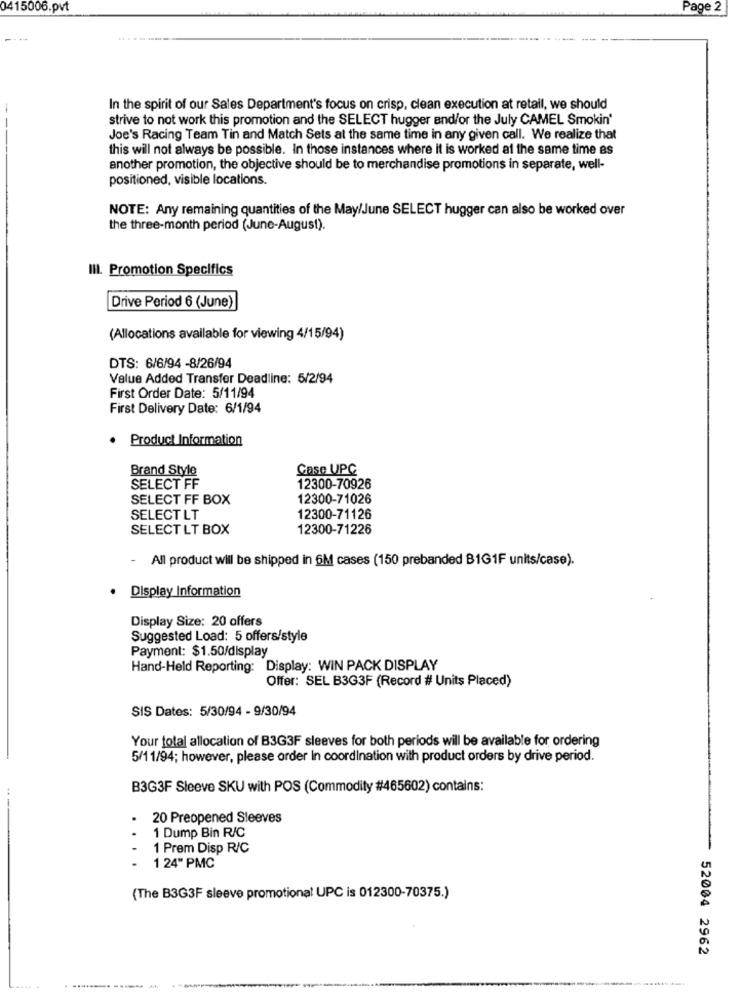
0415006.pvt
Page 2
..-------
In the spirit of our Sales Department's focus on crisp, clean execution at retail, we should
strive to not work this promotion and the SELECT hugger and/or the July CAMEL Smokin'
Joe's Racing Team Tin and Match Sets at the same time in any given call. We realize that
this will not always be possible. In those instances where it is worked at the same time as
another promotion, the objective should be to merchandise promotions in separate, well-
positioned, visible locations.
NOTE: Any remaining quantities of the May/June SELECT hugger can also be worked over
the three-month period (June-August).
III. Promotion Specifics
Drive Period 6 (June)
(Allocations available for viewing 4/15/94)
DTS: 6/6/94 -8/26/94
Value Added Transfer Deadline: 5/2/94
First Order Date: 5/11/94
First Delivery Date: 6/1/94
Product Information
Brand Style
Case UPC
SELECT FF
12300-70926
SELECT FF BOX
12300-71026
SELECT LT
12300-71126
SELECT LT BOX
12300-71226
- All product will be shipped in 6M cases (150 prebanded B1G1F units/case).
Display Information
Display Size: 20 offers
Suggested Load: 5 offers/style
Payment: $1.50/display
Hand-Held Reporting: Display: WIN PACK DISPLAY
Offer: SEL B3G3F (Record # Units Placed)
SIS Dates: 5/30/94 - 9/30/94
Your total allocation of B3G3F sleeves for both periods will be available for ordering
5/11/94; however, please order In coordination with product orders by drive period.
B3G3F Sleeve SKU with POS (Commodity#465602) contains:
20 Preopened Sleeves
1 Dump Bin R/C
.
1 Prem Disp R/C
1 24" PMC
(The B3G3F sleeve promotional UPC is 012300-70375.)
52004 2962
----